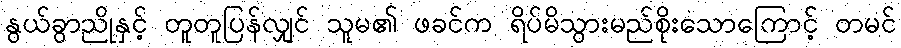
နွယ်ခွာညိုနှင့် တူတူပြန်လျှင် သူမ၏ ဖခင်က ရိပ်မိသွားမည်စိုးသောကြောင့် တမင်